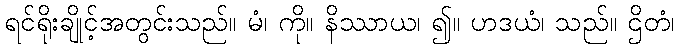
ရင်ရိုးချိုင့်အတွင်းသည်။ မံ၊ ကို။ နိဿာယ၊ ၍။ ဟဒယံ၊ သည်။ ဌိတံ၊